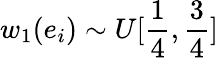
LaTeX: w_{1}(e_{i})\sim U[\frac{1}{4},\frac{3}{4}]